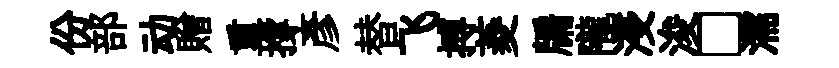
份部动贈重撐彥替飞搏菱牖隴浸浚□濡